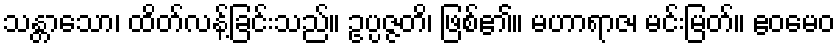
သန္တာသော၊ ထိတ်လန့်ခြင်းသည်။ ဥပ္ပဇ္ဇတိ၊ ဖြစ်၏။ မဟာရာဇ၊ မင်းမြတ်။ ဧဝမေဝ